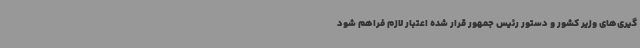
گیری‌های وزیر کشور و دستور رئیس جمهور قرار شده اعتبار لازم فراهم شود